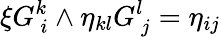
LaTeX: \xi G_{\ i}^{k}\wedge\eta_{kl}G_{\ j}^{l}=\eta_{ij}